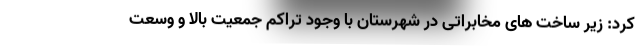
کرد: زیر ساخت های مخابراتی در شهرستان با وجود تراکم جمعیت بالا و وسعت